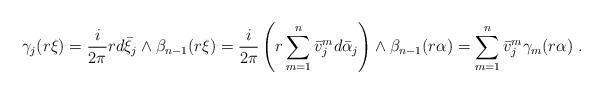
LaTeX: \begin{align*} \gamma_j(r\xi)=\frac i{2\pi}r d\bar\xi_j\wedge \beta_{n-1}(r\xi)= \frac i{2\pi} \left(r\sum_{m=1}^n \bar v^m_j d\bar\alpha_j\right)\wedge \beta_{n-1}(r\alpha)=\sum_{m=1}^n \bar v^m_j \gamma_m(r\alpha)\ .\end{align*}